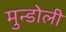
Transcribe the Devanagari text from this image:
मुन्डोली